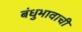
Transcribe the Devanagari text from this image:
बंधुभावाची